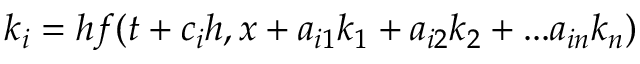
k _ { i } = h f ( t + c _ { i } h , x + a _ { i 1 } k _ { 1 } + a _ { i 2 } k _ { 2 } + . . . a _ { i n } k _ { n } )